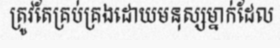
ត្រូវតែគ្រប់គ្រងដោយមនុស្សម្នាក់ដែល